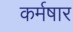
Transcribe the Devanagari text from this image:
कर्मषार